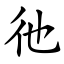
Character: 彵